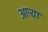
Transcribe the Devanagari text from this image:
आऱ्या